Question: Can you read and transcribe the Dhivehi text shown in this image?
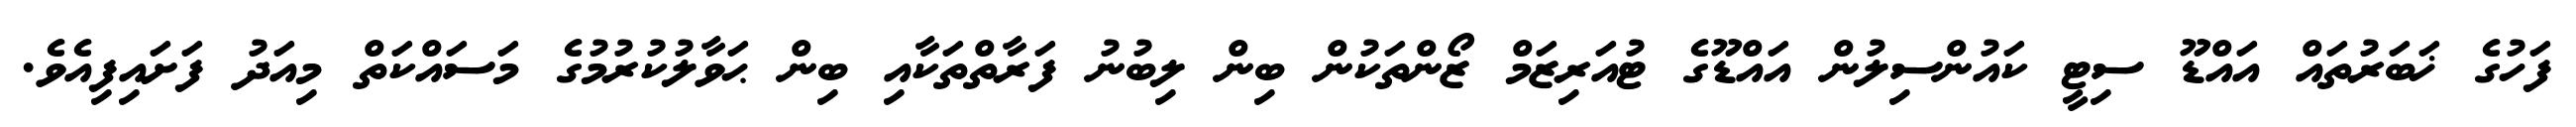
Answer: ފަހުގެ ޚަބަރުތައް އައްޑޫ ސިޓީ ކައުންސިލުން އައްޑޫގެ ޓުއަރިޒަމް ޒޯންތަކުން ބިން ލިބުނު ފަރާތްތަކާއި ބިން ޙަވާލުކުރުމުގެ މަސައްކަތް މިއަދު ފަށައިފިއެވެ.